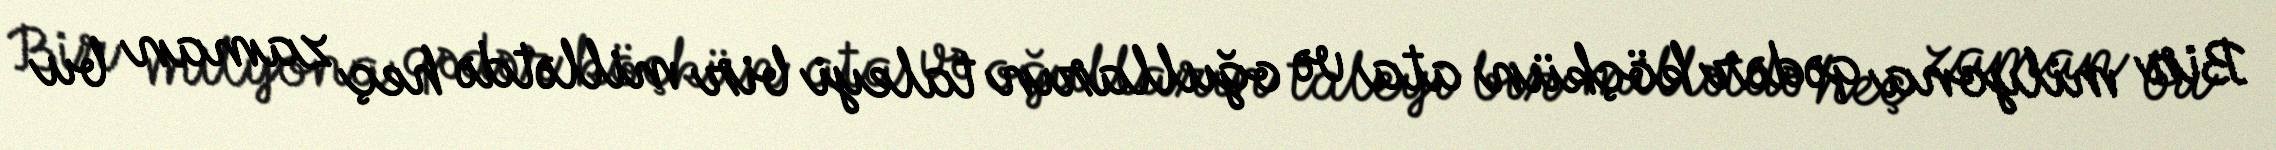
Bir milyona qədər köçkün ata və oğulların taleyi bir millətdə heç zaman bu